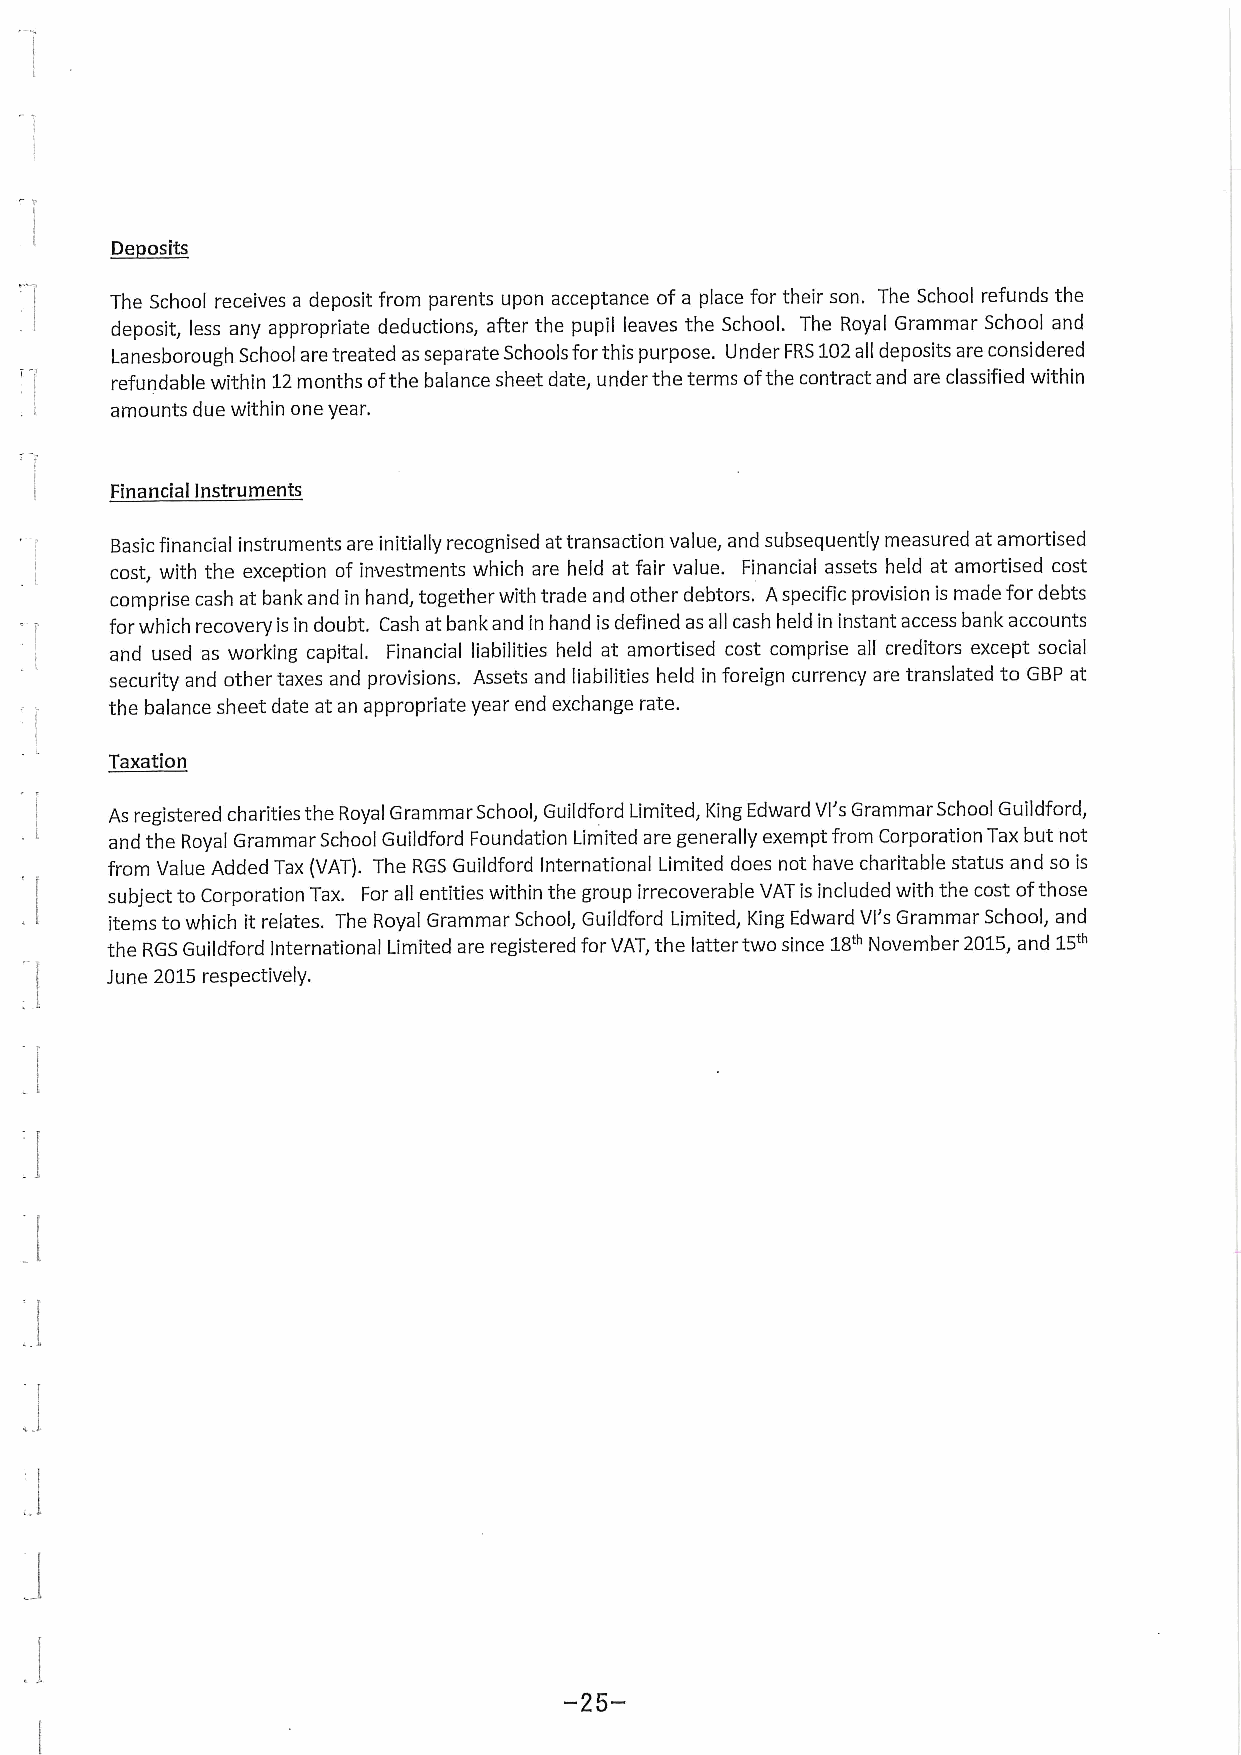
osits
 ~De
 The School receives a deposit from parents upon acceptance of a place for their son. The School refunds the
 deposit, less any appropriate deductions, after the pupil leaves the School. The Royal Grammar School and
 Lanesborough School are treated as separate Schools forthis purpose. Under FRS102all deposits are considered
 refundable within 12months ofthe balance sheet date, under the terms ofthe contract and are classified within
 amounts due within one year.
 Financial Instruments
 Basicfinancial instruments are initially recognised attransaction value, and subsequently measured at amortised
 cost, with the exception of investments which are held at fair value. Financial assets held at amortised cost
 comprise cash at bank and in hand, together with trade and other debtors. Aspecific provision is made for debts
 forwhich recovery is in doubt. Cash at bank and in hand is defined as all cash held in instant access bank accounts
 and used as working capital. Financial liabilities held at amortised cost comprise all creditors except social
 security and other taxes and provisions. Assets and liabilities held in foreign currency are translated to GBP at
 the balance sheet date at an appropriate year end exchange rate.
 Taxation
 As registered charities the Royal Grammar School, Guildford Limited, King Edward Vl's Grammar School Guildford,
 and the Royal Grammar School Guildford Foundation Limited are generally exempt from Corporation Tax but not
 from Value Added Tax (VATj. The RGS Guildford International Limited does not have charitable status and so is
 subject to Corporation Tax. For all entities within the group irrecoverable VAT is included with the cost ofthose
 items to which it relates. The Royal Grammar School, Guildford Limited, King Edward Vl's Grammar School, and
 the RGS Guildford International Limited are registered for VAT, the latter two since 18'"November 2015,and 15'"
 June 2015respectively.
 -25-